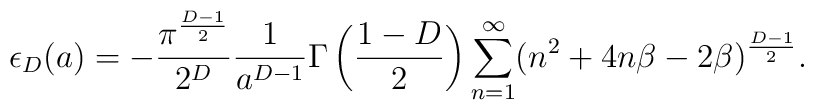
\epsilon_D(a)=-\frac{\pi^{\frac{D-1}{2}}}{2^D} \frac{1}{a^{D-1}} \Gamma\left(\frac{1-D}{2}\right) \sum_{n=1}^{\infty}(n^2+4n\beta -2\beta)^{\frac{D-1}{2}}.